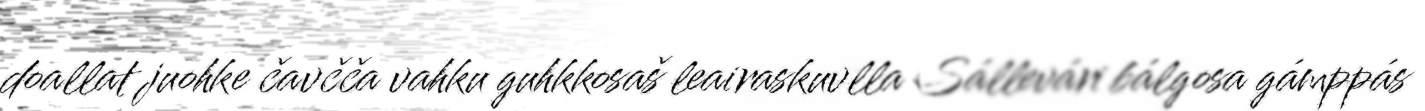
doallat juohke čavčča vahku guhkkosaš leairaskuvlla Sállevári bálgosa gámppás